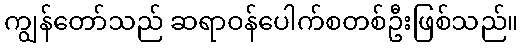
ကျွန်တော်သည် ဆရာဝန်ပေါက်စတစ်ဦးဖြစ်သည်။